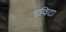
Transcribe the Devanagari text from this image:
इविटा